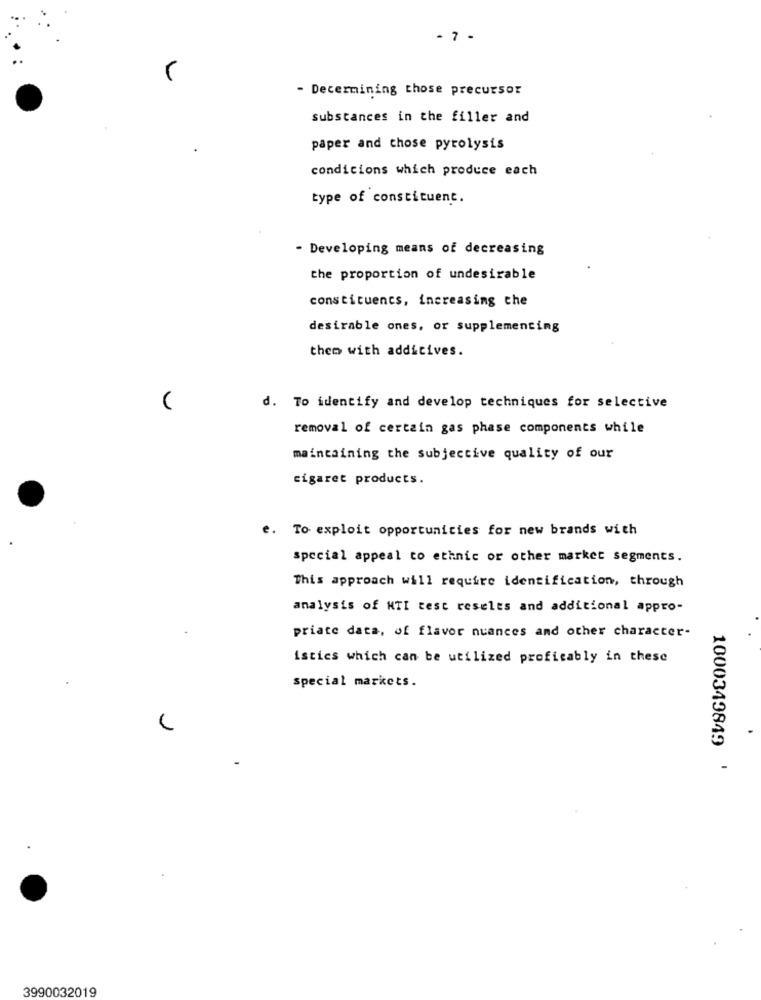
- 7 -
L
- Decermining those precursor
substances in the filler and
paper and chose pyrolysis
condicions which produce each
type of constituent.
- Developing means of decreasing
the proportion of undesirable
constituencs, increasing che
desirable ones, or supplementing
them with additives.
d. To identify and develop techniques for selective
removal of certain gas phase components while
maintaining the subjective quality of our
cigaret products.
e. To exploit opportunities for new brands with
special appeal to ethnic or other market segments.
This approach will require identification, through
analysis of HTI test reseles and additional appro-
priate data, of flavor nuances and other character-
istics which can be utilized profitably in these
special markets.
.
1000349849 '
3990032019